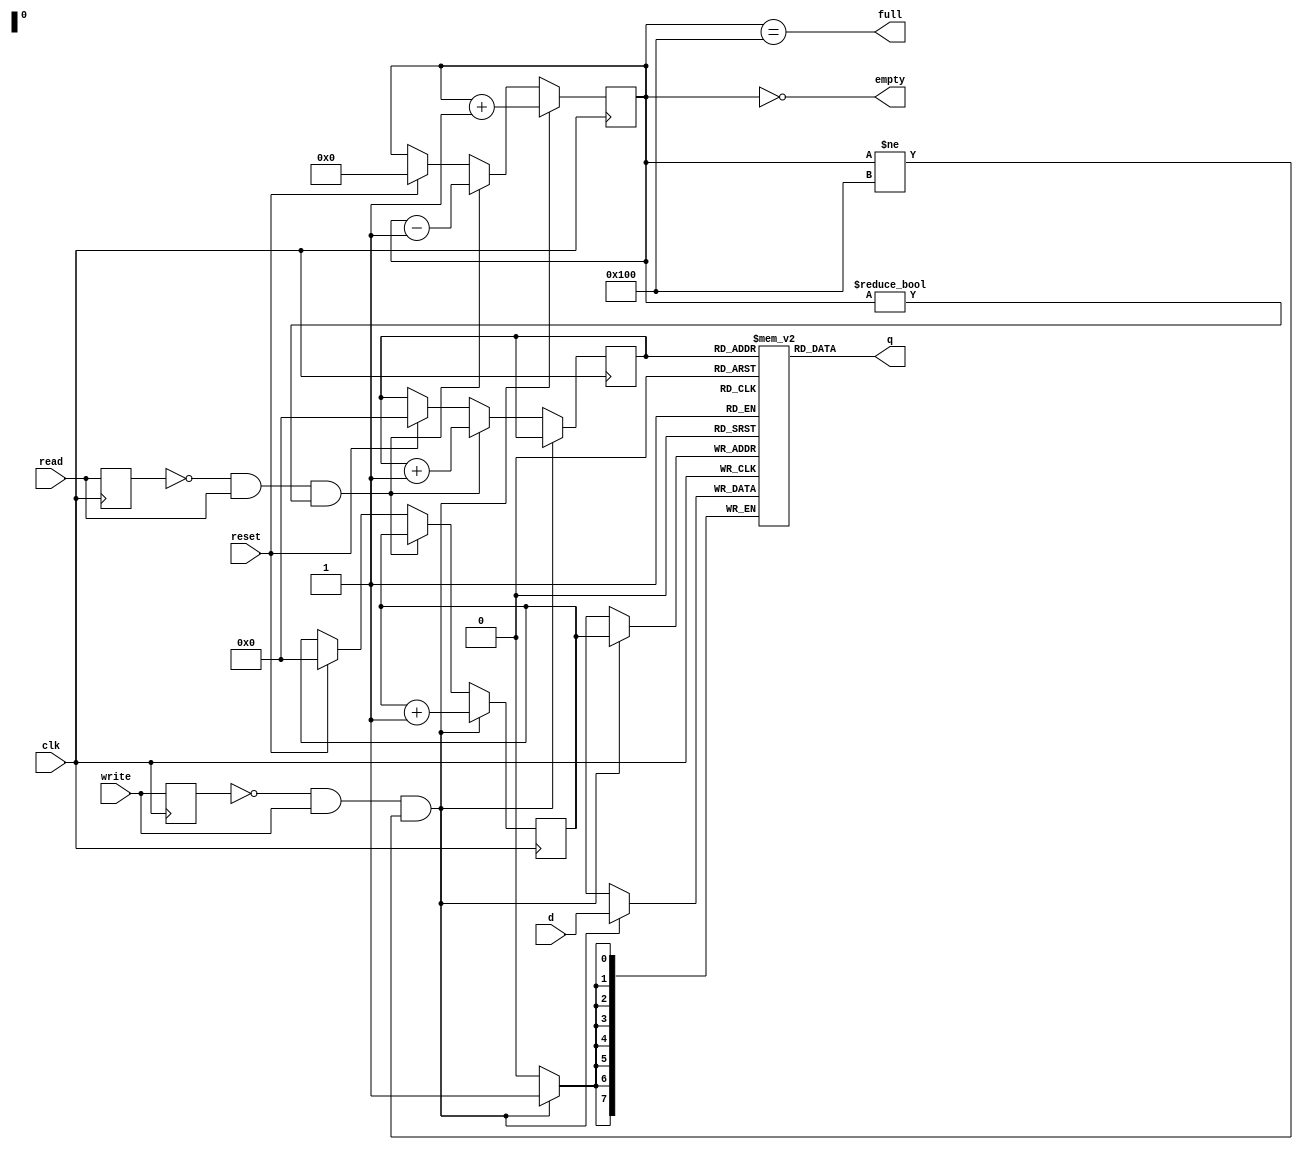
// TODO: seems not to clock in all the data - some oddities with the clock, think faster clock for this one.

module fifo#(parameter RAM_SIZE = 256, parameter ADDRESS_WIDTH = 8, parameter WORD_SIZE = 8)(
  output [WORD_SIZE-1:0] q,
  input [WORD_SIZE-1:0] d,
  input clk,
  input write,
  input read,
  input reset,
  output empty,
  output full);

  reg[WORD_SIZE-1:0] mem [0:RAM_SIZE-1] /* synthesis ramstyle = "M144K" */;
  reg[ADDRESS_WIDTH-1:0] raddr = 0;
  reg[ADDRESS_WIDTH-1:0] raddr_l = 0;
  reg[ADDRESS_WIDTH-1:0] waddr = 0;
  reg[ADDRESS_WIDTH:0] size = 0;


  reg prev_write = 1'b0;
  reg prev_read = 1'b0;
  always @(posedge clk) begin
    prev_write <= write;
    prev_read <= read;
    if (!prev_write && write && size != RAM_SIZE) begin
      mem[waddr] <= d;
      waddr <= waddr + 1;
      size <= size + 1;
    end else if (!prev_read && read && size != 0) begin
      raddr <= raddr + 1;
      size <= size - 1;
    end else if (reset) begin
      raddr <= 1'b0;
      waddr <= 1'b0;
      size <= 1'b0;
    end
  end

  // assign empty = raddr == waddr;
  assign empty = size == 0;
  assign q = mem[raddr];
  assign full = size == RAM_SIZE;
endmodule